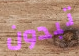
تبدون